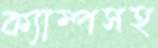
ক্যাম্পসহ